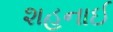
શહનાઈ